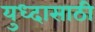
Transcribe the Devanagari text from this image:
युध्दासाठी